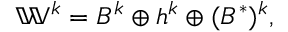
\mathbb { W } ^ { k } = B ^ { k } \oplus \mathfrak { h } ^ { k } \oplus ( B ^ { * } ) ^ { k } ,